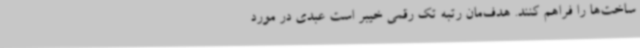
ساخت‌ها را فراهم کنند. هدف‌مان رتبه تک رقمی خیبر است عبدی در مورد